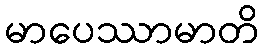
မာပေဿာမာတိ